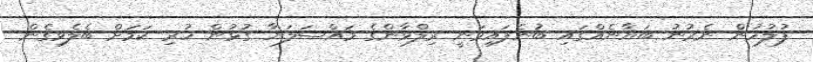
ފުލުހުން ނެރުނު ބަޔާނެއްގައި ބުނެފައިވަނީ ރިލްވާންގެ މައްސަލަޔާ ގުޅުން ހުރި ކަމަށް ބެލެވިގެން